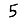
Digit: 5